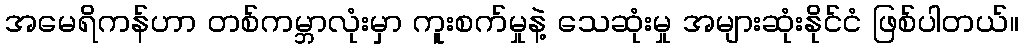
အမေရိကန်ဟာ တစ်ကမ္ဘာလုံးမှာ ကူးစက်မှုနဲ့ သေဆုံးမှု အများဆုံးနိုင်ငံ ဖြစ်ပါတယ်။